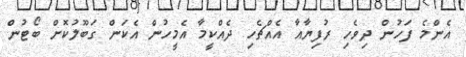
އެންމެ ފަހުން ދިވެހި ރުފިޔާއާ އެއްޗެހި ދެއްކީމާ އެމީހުން އެކަން ގަބޫލުކޮށް ބޯޓުން